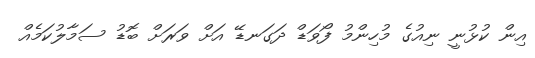
އިން ކުޅުނީ ނިއުގެ މުހިންމު ފޯވަޑް ދަގަނޑޭ އަށް ވަރަށް ބޮޑު ސަމާލުކަމެއް